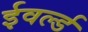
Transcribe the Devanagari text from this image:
ईवर्ल्ड